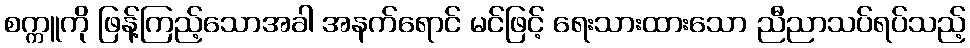
စက္ကူကို ဖြန့်ကြည့်သောအခါ အနက်ရောင် မင်ဖြင့် ရေးသားထားသော ညီညာသပ်ရပ်သည့်